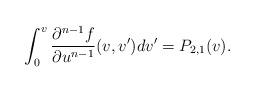
LaTeX: \begin{align*} \int_0^v\frac{\partial^{n-1}f}{\partial u^{n-1}}(v,v')dv'=P_{2,1}(v).\end{align*}